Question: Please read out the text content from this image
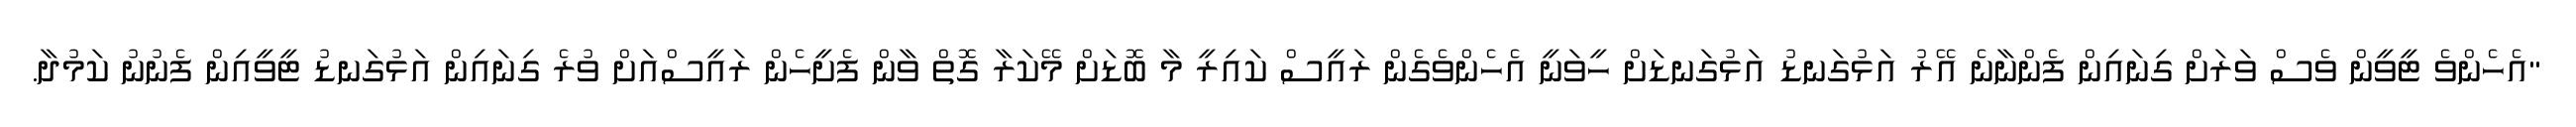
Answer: "އެހެންވެ ޓީވީން ވެސް ވަރަށް ގިނައިން ފެންނާނެ އޭރު އަޅުގަނޑު އަޅުގަނޑަށް ހީވަނީ އެހެންވެގެން ރައީސް ކައިރީ މާ ބޮޑަށް މޭކަރާ ގޮތް ވާން ފެށީހެން ރައީސްއަށް ވުރެ ގިނައިން އަޅުގަނޑު ޓީވީއިން ފެނުނު ކަމުދާ.